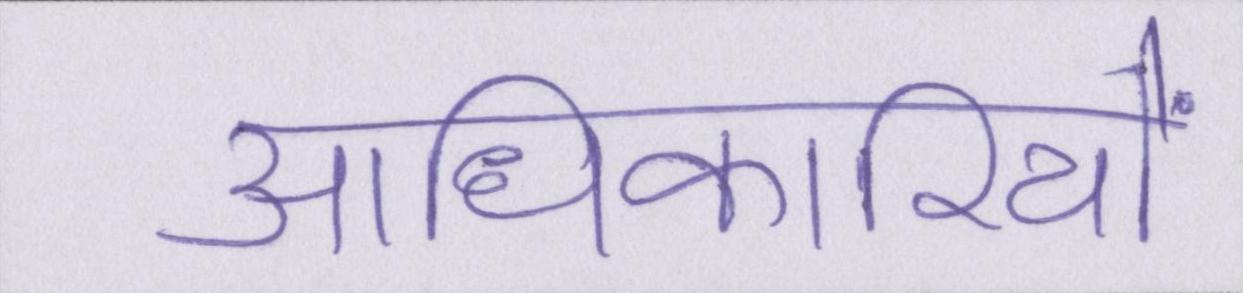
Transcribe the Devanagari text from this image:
आधिकारियों